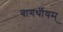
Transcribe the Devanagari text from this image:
वागर्थीयम्